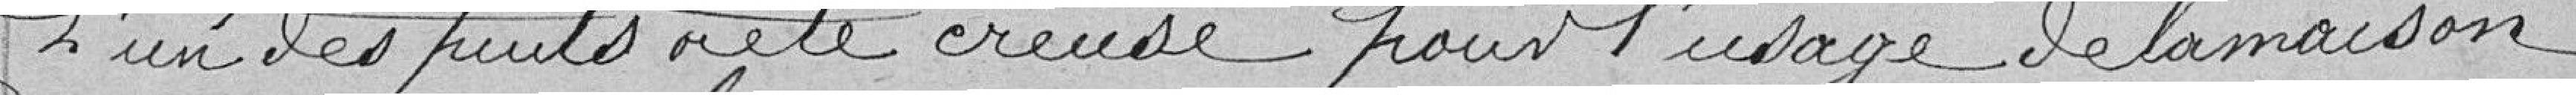
L'un des puits a été creusé pour l'usage de la maison